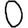
Digit: 0